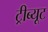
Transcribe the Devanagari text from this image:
ट्रीब्यूट